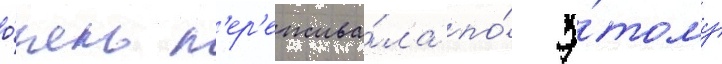
о́чень п'ер'ежива́ла по́ э́тому